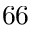
^ Ḋ 6 6 Ḍ